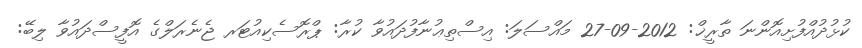
ކުޅުދުއްފުށިއޮންނަ ތާރީޚް: 2012-09-27 މައްސަލަ: އިސްތިޢުނާފުދައުވާ ކުރާ: ޕްރޮސެކިއުޓަރ ޖެނެރަލްގެ އޮފީސްދައުވާ ލިބޭ: